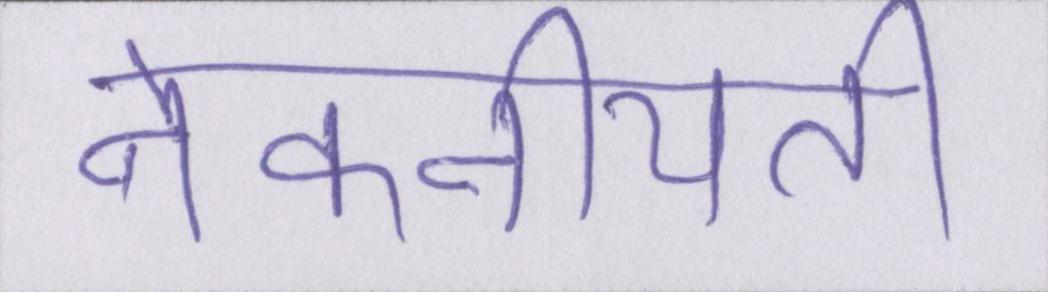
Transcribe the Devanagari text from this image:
नेकनीयती